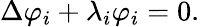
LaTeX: \Delta\varphi_{i}+\lambda_{i}\varphi_{i}=0.